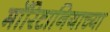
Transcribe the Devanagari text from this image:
मॉरिटानियाच्या